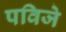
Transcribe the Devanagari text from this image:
पविजे